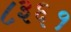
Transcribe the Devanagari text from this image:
८३६१